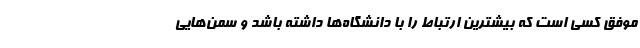
موفق کسی است که بیشترین ارتباط را با دانشگاه‌ها داشته باشد و سمن‌هایی